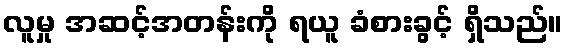
လူမှု အဆင့်အတန်းကို ရယူ ခံစားခွင့် ရှိသည်။